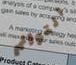
التوائم